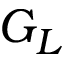
G _ { L }